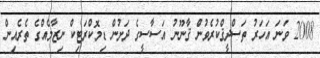
2008 ވަނަ އަހަރު ތަސްދީޤްކުރެވުނުް ޤާނޫނު އަސާސީގެ ދަށުން ޑިމޮކްރަޓިކް ނިޒާމެއްގެ ތެރެއިން